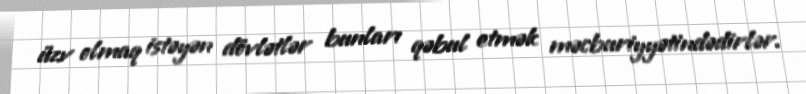
üzv olmaq istəyən dövlətlər bunları qəbul etmək məcburiyyətindədirlər.